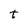
Character: t